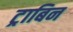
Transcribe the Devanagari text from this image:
ट्राबिन